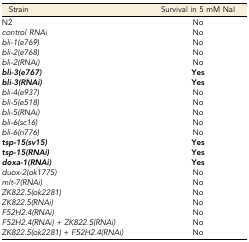
| Strain | Survival in 5 mM NaI |
 | --- | --- |
 | N2 | No |
 | control RNAi | No |
 | bli-1(e769) | No |
 | bli-2(e768) | No |
 | bli-2(RNAi) | No |
 | bli-3(e767) | Yes |
 | bli-3(RNAi) | Yes |
 | bli-4(e937) | No |
 | bli-5(e518) | No |
 | bli-5(RNAi) | No |
 | bli-6(sc16) | No |
 | bli-6(n776) | No |
 | tsp-15(sv15) | Yes |
 | tsp-15(RNAi) | Yes |
 | doxa-1(RNAi) | Yes |
 | duox-2(ok1775) | No |
 | mlt-7(RNAi) | No |
 | ZK822.5(ok2281) | No |
 | ZK822.5(RNAi) | No |
 | F52H2.4(RNAi) | No |
 | F52H2.4(RNAi) + ZK822.5(RNAi) | No |
 | ZK822.5(ok2281) + F52H2.4(RNAi) | No |